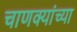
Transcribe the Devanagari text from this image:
चाणक्यांच्या